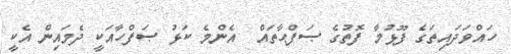
ހައްވަދައިތަގެ ފޫޅުމާ ފޮތުގެ ޞަފްޙާތައް  އެންމެ ކަޅު ޞަފްހާއަކީ ދެމައިން އެކީ